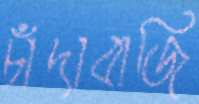
চাঁদাবাজি